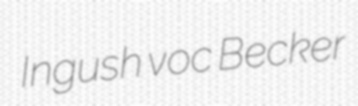
Ingush voc Becker